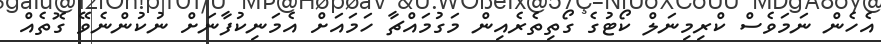
އެހެން ނަމަވެސް ކްރިމިނަލް ކޯޓުގެ ގޯތިތެރެއިން މަގުމައްޗާ ހަމައަށް އެމަނިކުފާނަށް ނުކުންނެވޭ ގޮތެއް